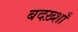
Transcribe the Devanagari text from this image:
बदख़्शाँ